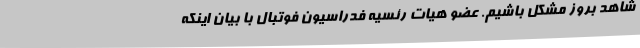
شاهد بروز مشکل باشیم. عضو هیات رئسیه فدراسیون فوتبال با بیان اینکه